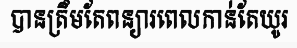
បានត្រឹមតែពន្យារពេលកាន់តែយូរ